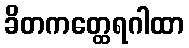
ခိတကတ္ထေရဂါထာ